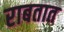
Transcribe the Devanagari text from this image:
राबतात